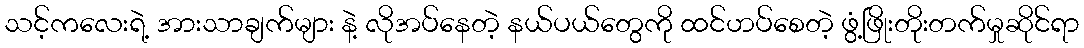
သင့်ကလေးရဲ့ အားသာချက်များ နဲ့ လိုအပ်နေတဲ့ နယ်ပယ်တွေကို ထင်ဟပ်စေတဲ့ ဖွံ့ဖြိုးတိုးတက်မှုဆိုင်ရာ